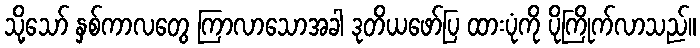
သို့သော် နှစ်ကာလတွေ ကြာလာသောအခါ ဒုတိယဖော်ပြ ထားပုံကို ပိုကြိုက်လာသည်။